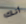
أنك